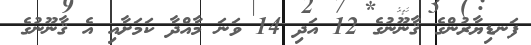
ފަނޑިޔާރުންގެ ޤާނޫނުގެ 12 އަދި 14 ވަނަ މާއްދާ ކަމަށާއި އެ ޤާނޫނުގެ